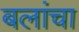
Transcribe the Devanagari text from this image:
बलांचा